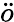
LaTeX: \ddot{o}